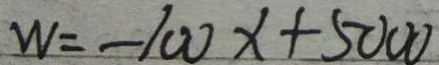
W = - 1 0 0 x + 5 0 0 0